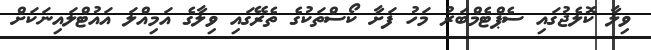
ވިލާ ކޮލެޖުގައި ސެޕްޓެމްބަރު މަހު ފަށާ ކޯސްތަކުގެ ތެރޭގައި ވިލާގެ އަމިއްލަ އައުޓްލައިނަކަށް